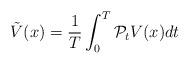
LaTeX: \begin{align*}\tilde{V}(x) = \frac{1}{T}\int_0^T \mathcal{P}_t V(x) dt\end{align*}